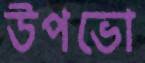
উপভো